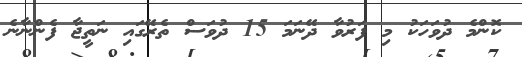
ކޮންމެ ދުވަހަކު މި ފަރުވާ ދޭނަމަ 15 ދުވަސް ތެރޭގައި ނަތީޖާ ފެންނާނެ